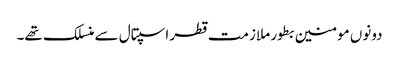
دونوں مومنین بطور ملازمت قطر اسپتال سے منسلک تھے۔